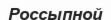
Россыпной